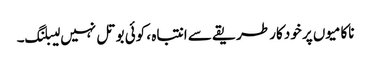
ناکامیوں پر خود کار طریقے سے انتباہ ، کوئی بوتل نہیں لیبلنگ۔